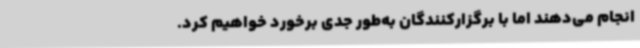
انجام می‌دهند اما با برگزارکنندگان به‌طور جدی برخورد خواهیم کرد.